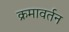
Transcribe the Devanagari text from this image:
क्रमावर्तन